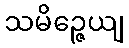
သမိဉ္ဇေယျ